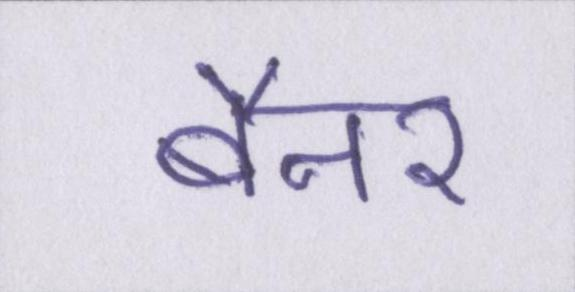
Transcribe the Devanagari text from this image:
बैनर